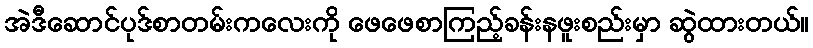
အဲဒီဆောင်ပုဒ်စာတမ်းကလေးကို ဖေဖေစာကြည့်ခန်းနဖူးစည်းမှာ ဆွဲထားတယ်။